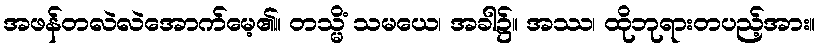
အဖန်တလဲလဲအောက်မေ့၏။ တသ္မိံ သမယေ၊ အခါ၌။ အဿ၊ ထိုဘုရားတပည့်အား။